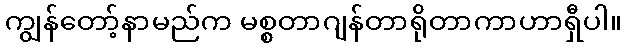
ကျွန်တော့်နာမည်က မစ္စတာဂျန်တာရိုတာကာဟာရှီပါ။